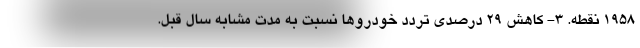
۱۹۵۸ نقطه. ۳- کاهش ۲۹ درصدی تردد خودروها نسبت به مدت مشابه سال قبل.